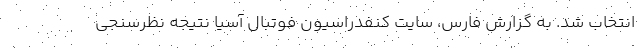
انتخاب شد. به گزارش فارس، سایت کنفدراسیون فوتبال آسیا نتیجه نظرسنجی